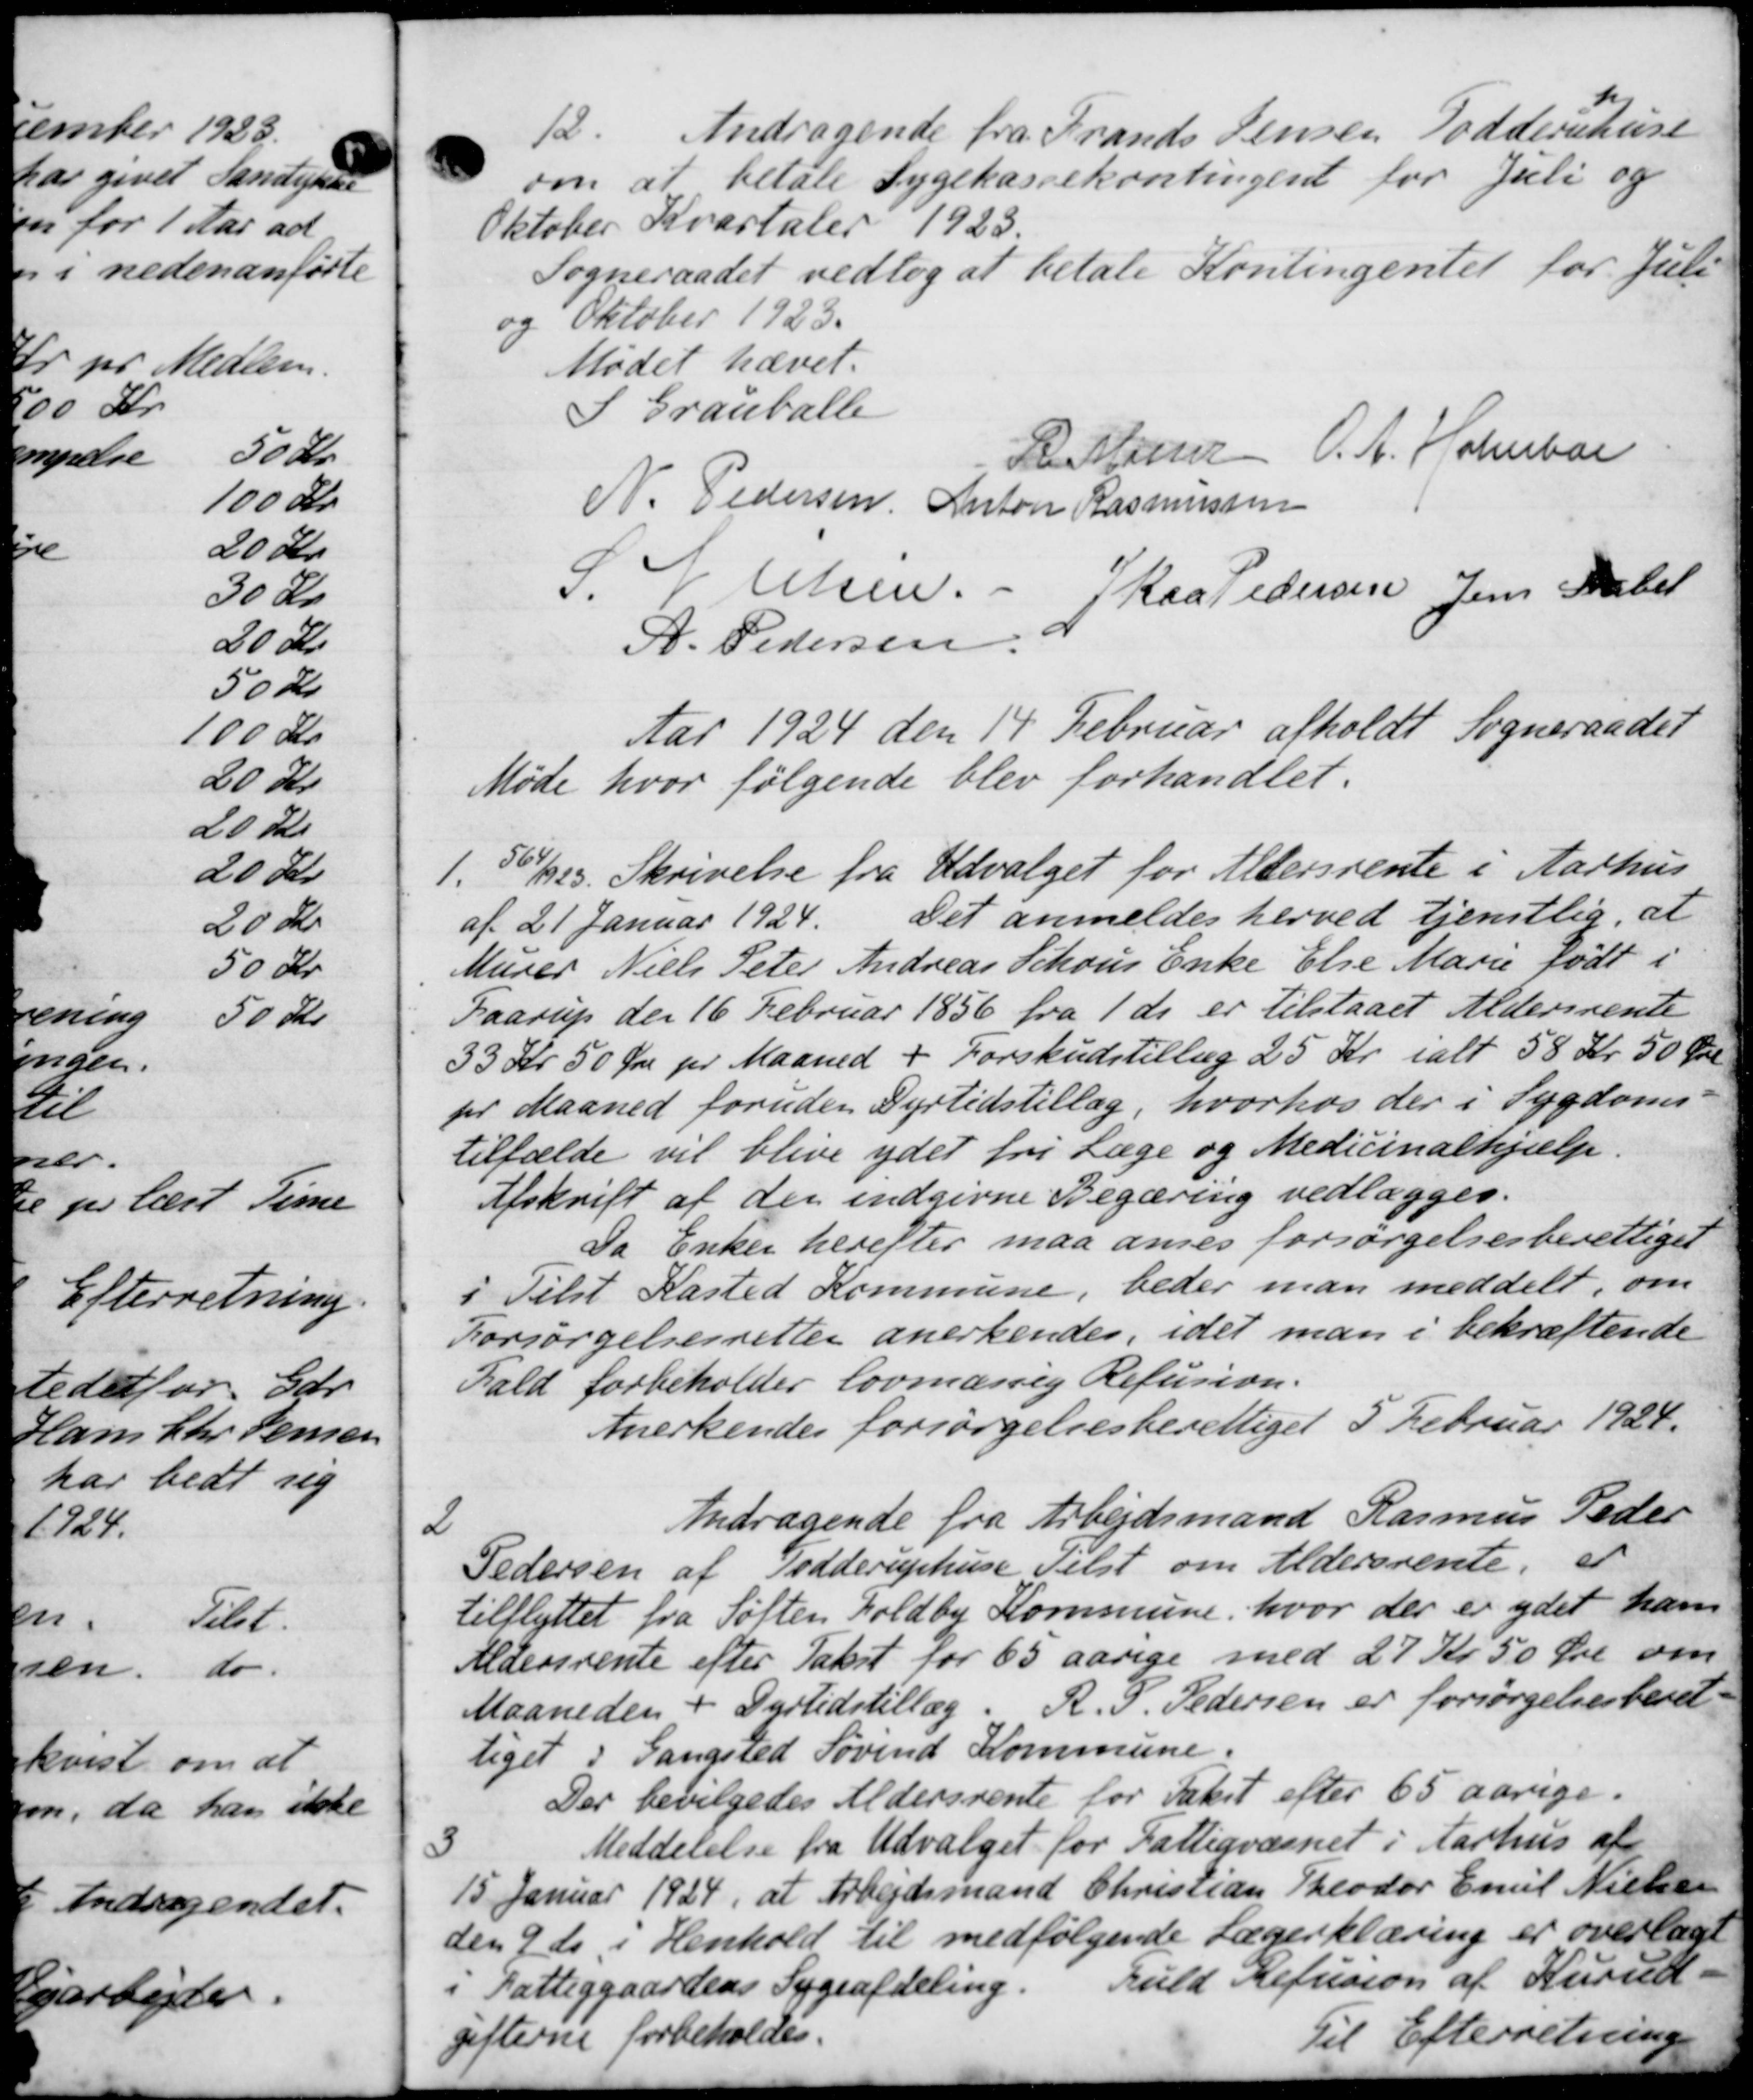
Transskription:
12.
Andragende fra Frands Jensen Todderuhuse
om at betale Sygekassekontingent for Juli og
Oktober Kvartaler 1923
Sogneraadet vedtog at betale Kontingentet for Juli
og Oktober 1923.
Mødet hævet.
I Grauballe
R Masser O. A. Holmbor
N. Pedersen Anton Rasmussen
S. N. Olsen.
Raa Pedersen Jens Faber
A. Pedersen
Aar 1924 den 14 Februar afholdt Sogneraadet
Møde hvor følgende blev forhandlet.
1.
561/1923. Skrivelse fra Udvalget for Aldersrente i Aarhus
af 21 Januar 1924.
Det anmeldes herved tjenstlig, at
Murer Niels Peter Andreas Schous Enke Else Marie født i
Faarup den 16 Februar 1856 fra 1 ds er tilstaaet Aldersrente
33 Kr 50 Øre pr Maaned + Forskudstillæg 25 Kr. ialt 58 Kr 50 Øre
for Maaned foruden Dyrtidstillæg, hvorhos der i Sygdoms
tilfælde vil blive ydet fri Læge og Medicinalhjælp.
Afskrift af der indgivne Begæring vedlægges.
Da Enken herefter maa anses forsørgelsesberettiget
i Tilst Kasted Kommune, beder man meddelt, om
Forsørgelsesretter anerkendes, idet man i bekræftende
Fald forbeholder lovmæssig Refusion.
Anerkendes forsørgelsesberettiget 5 Februar 1924.

Andragende fra Arbejdsmand Rasmus Peder
Pedersen af Todderuphuse Tilst om Aldersrente, er
tilflyttet fra Søften Foldby Kommune, hvor der er ydet ham
Aldersrente efter Takst for 65 aarige med 27 Kr 50 Øre om
Maaneden + Dyrtidstillæg. A. P. Pedersen er forsørgelsesberet-
tiget i Gangsved Sovind Kommune.
Der bevilgedes Aldersrente for Takst efter 65 aarige.

Meddelelse fra Udvalget for Fattigvæsnet i Aarhus af
15 Januar 1924, at Arbejdsmand Christian Theodor Emil Nielsen
den 9 ds i Henhold til medfølgende Lægerklæring er overlagt
i Fattiggaardens Sygeafdeling.
fuld Refusion af Kurud.
fterne forbeholdes.
Til Efterretning